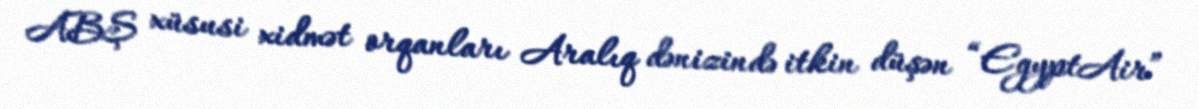
ABŞ xüsusi xidmət orqanları Aralıq dənizində itkin düşən “EgyptAir”